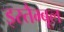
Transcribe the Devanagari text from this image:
इस्तैम्बूल